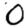
Digit: 0